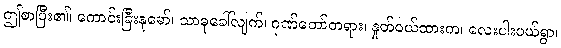
ဤစာပြီး၏၊ ကောင်းခြီးနုမော်၊ သာဓုခေါ်လျက်၊ ဂုဏ်တော်တရား၊ နှုတ်ဝယ်ထားက၊ လေးပါးပယ်ရွာ၊